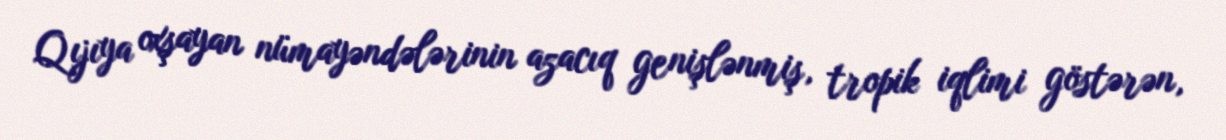
Qıjıya oxşayan nümayəndələrinin azacıq genişlənmiş, tropik iqlimi göstərən,